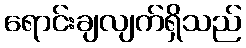
ရောင်းချလျက်ရှိသည်